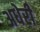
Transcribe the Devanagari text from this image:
अधेरी